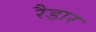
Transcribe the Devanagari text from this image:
रैडार